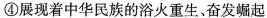
④展现着中华民族的浴火重生、奋发崛起